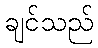
ချင်သည်